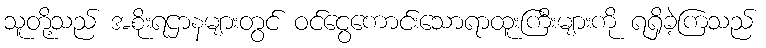
သူတို့သည် အစိုးရဌာနများတွင် ဝင်ငွေကောင်းသောရာထူးကြီးများကို ရရှိခဲ့ကြသည်